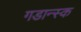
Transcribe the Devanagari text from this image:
गडान्स्क